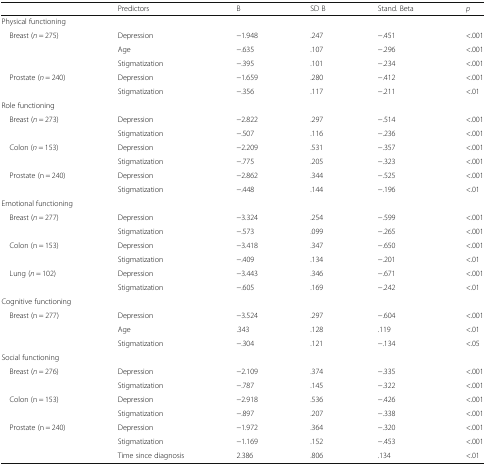
<table><thead><tr><td></td><td><b>Predictors</b></td><td><b>B</b></td><td><b>SD B</b></td><td><b>Stand. Beta</b></td><td><b><i>p</i></b></td></tr></thead><tbody><tr><td colspan="6">Physical functioning</td></tr><tr><td rowspan="3"> Breast (<i>n</i> = 275)</td><td>Depression</td><td>−1.948</td><td>.247</td><td>−.451</td><td>&lt;.001</td></tr><tr><td>Age</td><td>−.635</td><td>.107</td><td>−.296</td><td>&lt;.001</td></tr><tr><td>Stigmatization</td><td>−.395</td><td>.101</td><td>−.234</td><td>&lt;.001</td></tr><tr><td rowspan="2"> Prostate (<i>n</i> = 240)</td><td>Depression</td><td>−1.659</td><td>.280</td><td>−.412</td><td>&lt;.001</td></tr><tr><td>Stigmatization</td><td>−.356</td><td>.117</td><td>−.211</td><td>&lt;.01</td></tr><tr><td colspan="6">Role functioning</td></tr><tr><td rowspan="2"> Breast (<i>n</i> = 273)</td><td>Depression</td><td>−2.822</td><td>.297</td><td>−.514</td><td>&lt;.001</td></tr><tr><td>Stigmatization</td><td>−.507</td><td>.116</td><td>−.236</td><td>&lt;.001</td></tr><tr><td rowspan="2"> Colon (<i>n</i> = 153)</td><td>Depression</td><td>−2.209</td><td>.531</td><td>−.357</td><td>&lt;.001</td></tr><tr><td>Stigmatization</td><td>−.775</td><td>.205</td><td>−.323</td><td>&lt;.001</td></tr><tr><td rowspan="2"> Prostate (n = 240)</td><td>Depression</td><td>−2.862</td><td>.344</td><td>−.525</td><td>&lt;.001</td></tr><tr><td>Stigmatization</td><td>−.448</td><td>.144</td><td>−.196</td><td>&lt;.01</td></tr><tr><td colspan="6">Emotional functioning</td></tr><tr><td rowspan="2"> Breast (<i>n</i> = 277)</td><td>Depression</td><td>−3.324</td><td>.254</td><td>−.599</td><td>&lt;.001</td></tr><tr><td>Stigmatization</td><td>−.573</td><td>.099</td><td>−.265</td><td>&lt;.001</td></tr><tr><td rowspan="2"> Colon (n = 153)</td><td>Depression</td><td>−3.418</td><td>.347</td><td>−.650</td><td>&lt;.001</td></tr><tr><td>Stigmatization</td><td>−.409</td><td>.134</td><td>−.201</td><td>&lt;.01</td></tr><tr><td rowspan="2"> Lung (<i>n</i> = 102)</td><td>Depression</td><td>−3.443</td><td>.346</td><td>−.671</td><td>&lt;.001</td></tr><tr><td>Stigmatization</td><td>−.605</td><td>.169</td><td>−.242</td><td>&lt;.01</td></tr><tr><td colspan="6">Cognitive functioning</td></tr><tr><td rowspan="3"> Breast (n = 277)</td><td>Depression</td><td>−3.524</td><td>.297</td><td>−.604</td><td>&lt;.001</td></tr><tr><td>Age</td><td>.343</td><td>.128</td><td>.119</td><td>&lt;.01</td></tr><tr><td>Stigmatization</td><td>−.304</td><td>.121</td><td>−.134</td><td>&lt;.05</td></tr><tr><td colspan="6">Social functioning</td></tr><tr><td rowspan="2"> Breast (<i>n</i> = 276)</td><td>Depression</td><td>−2.109</td><td>.374</td><td>−.335</td><td>&lt;.001</td></tr><tr><td>Stigmatization</td><td>−.787</td><td>.145</td><td>−.322</td><td>&lt;.001</td></tr><tr><td rowspan="2"> Colon (n = 153)</td><td>Depression</td><td>−2.918</td><td>.536</td><td>−.426</td><td>&lt;.001</td></tr><tr><td>Stigmatization</td><td>−.897</td><td>.207</td><td>−.338</td><td>&lt;.001</td></tr><tr><td rowspan="3"> Prostate (n = 240)</td><td>Depression</td><td>−1.972</td><td>.364</td><td>−.320</td><td>&lt;.001</td></tr><tr><td>Stigmatization</td><td>−1.169</td><td>.152</td><td>−.453</td><td>&lt;.001</td></tr><tr><td>Time since diagnosis</td><td>2.386</td><td>.806</td><td>.134</td><td>&lt;.01</td></tr></tbody></table>